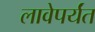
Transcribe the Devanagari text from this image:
लावेपर्यंत